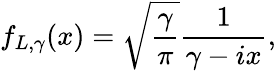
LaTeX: f_{L,\gamma}(x)=\sqrt{\frac{\gamma}{\pi}}\frac{1}{\gamma-ix},